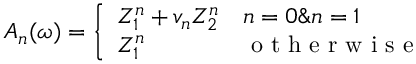
A _ { n } ( \omega ) = \left\{ \begin{array} { l l } { Z _ { 1 } ^ { n } + v _ { n } Z _ { 2 } ^ { n } } & { n = 0 \& n = 1 } \\ { Z _ { 1 } ^ { n } } & { \mathrm { ~ o ~ t ~ h ~ e ~ r ~ w ~ i ~ s ~ e ~ } } \end{array} \right.